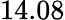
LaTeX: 14.08